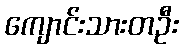
ကျောင်းသားတဦး